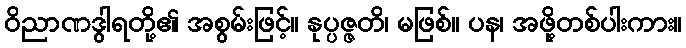
ဝိညာဏဒွါရတို့၏ အစွမ်းဖြင့်။ နုပ္ပဇ္ဇတိ၊ မဖြစ်။ ပန၊ အဖို့တစ်ပါးကား။